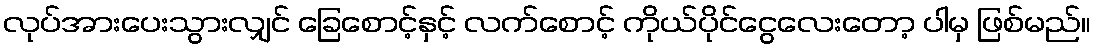
လုပ်အားပေးသွားလျှင် ခြေစောင့်နှင့် လက်စောင့် ကိုယ်ပိုင်ငွေလေးတော့ ပါမှ ဖြစ်မည်။